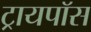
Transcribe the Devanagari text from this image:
ट्रायपॉस